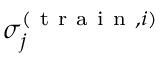
\sigma _ { j } ^ { ( \mathrm { ~ t ~ r ~ a ~ i ~ n ~ } , i ) }